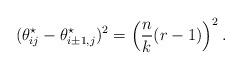
LaTeX: \begin{align*} (\theta_{ij}^\star-\theta_{i\pm1,j}^\star)^2 = \left(\frac{n}{k}(r-1)\right)^2. \end{align*}